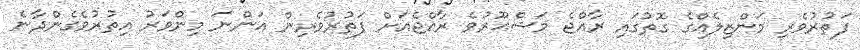
ފަތުރުވެރި މަންޒިލެއްގެ ގޮތުގައި ރާއްޖެ މަޝްޙޫރުވެ ރާއްޖެއަށް ފަތުރުވެރިން އަންނަ މިންވަރު އިތުރުވެގެންދާނެ